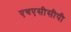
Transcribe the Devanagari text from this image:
एचएसीसीपी